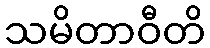
သမိတာဝီတိ